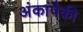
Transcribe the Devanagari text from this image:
अंकांपैकी